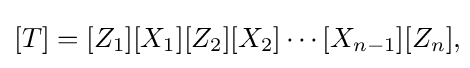
[T]=[Z_{1}][X_{1}][Z_{2}][X_{2}]\cdots [X_{n-1}][Z_{n}],\!